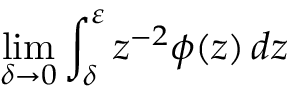
\operatorname* { l i m } _ { \delta \to 0 } \int _ { \delta } ^ { \varepsilon } z ^ { - 2 } \phi ( z ) \mathop { } \! { d { z } }